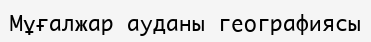
Мұғалжар ауданы географиясы